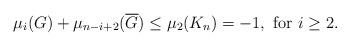
LaTeX: \begin{align*}\mu_i(G) + \mu_{n-i+2}(\overline{G}) \le \mu_2(K_n) = - 1, \mbox{ for } i \ge 2.\end{align*}